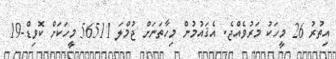
އިތުރު 26 މީހަކު މަރުވެއްޖެ. އެޤައުމުން މިހާތަނަށް ޖުމްލަ 56511 މީހަކަށް ކޮވިޑް-19